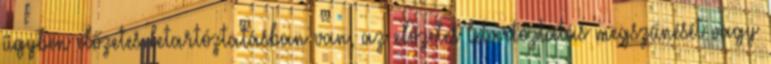
ügyben előzetes letartóztatásban van, az előzetes letartóztatás megszűnését vagy